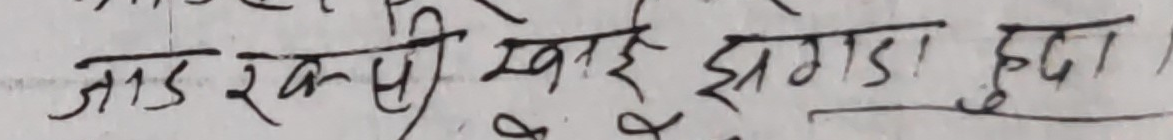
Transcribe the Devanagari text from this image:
जाड रक्खी खाई झगडा हुदा।